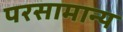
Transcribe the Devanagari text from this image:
परसामान्य